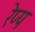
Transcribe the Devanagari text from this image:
रेप्प